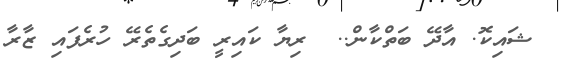
ޝައިކޮ. އާދޭ ބަތްކާން..  ރިޔާ ކައިރީ ބަދިގެތެރޭ ހުރެފައި ޒާރާ